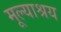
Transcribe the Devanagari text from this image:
मूल्याश्रय